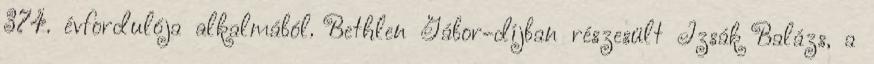
374. évfordulója alkalmából. Bethlen Gábor-díjban részesült Izsák Balázs, a